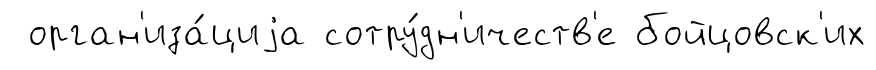
орган'иза́циjа сотру́дн'ичеств'е бойцовск'их